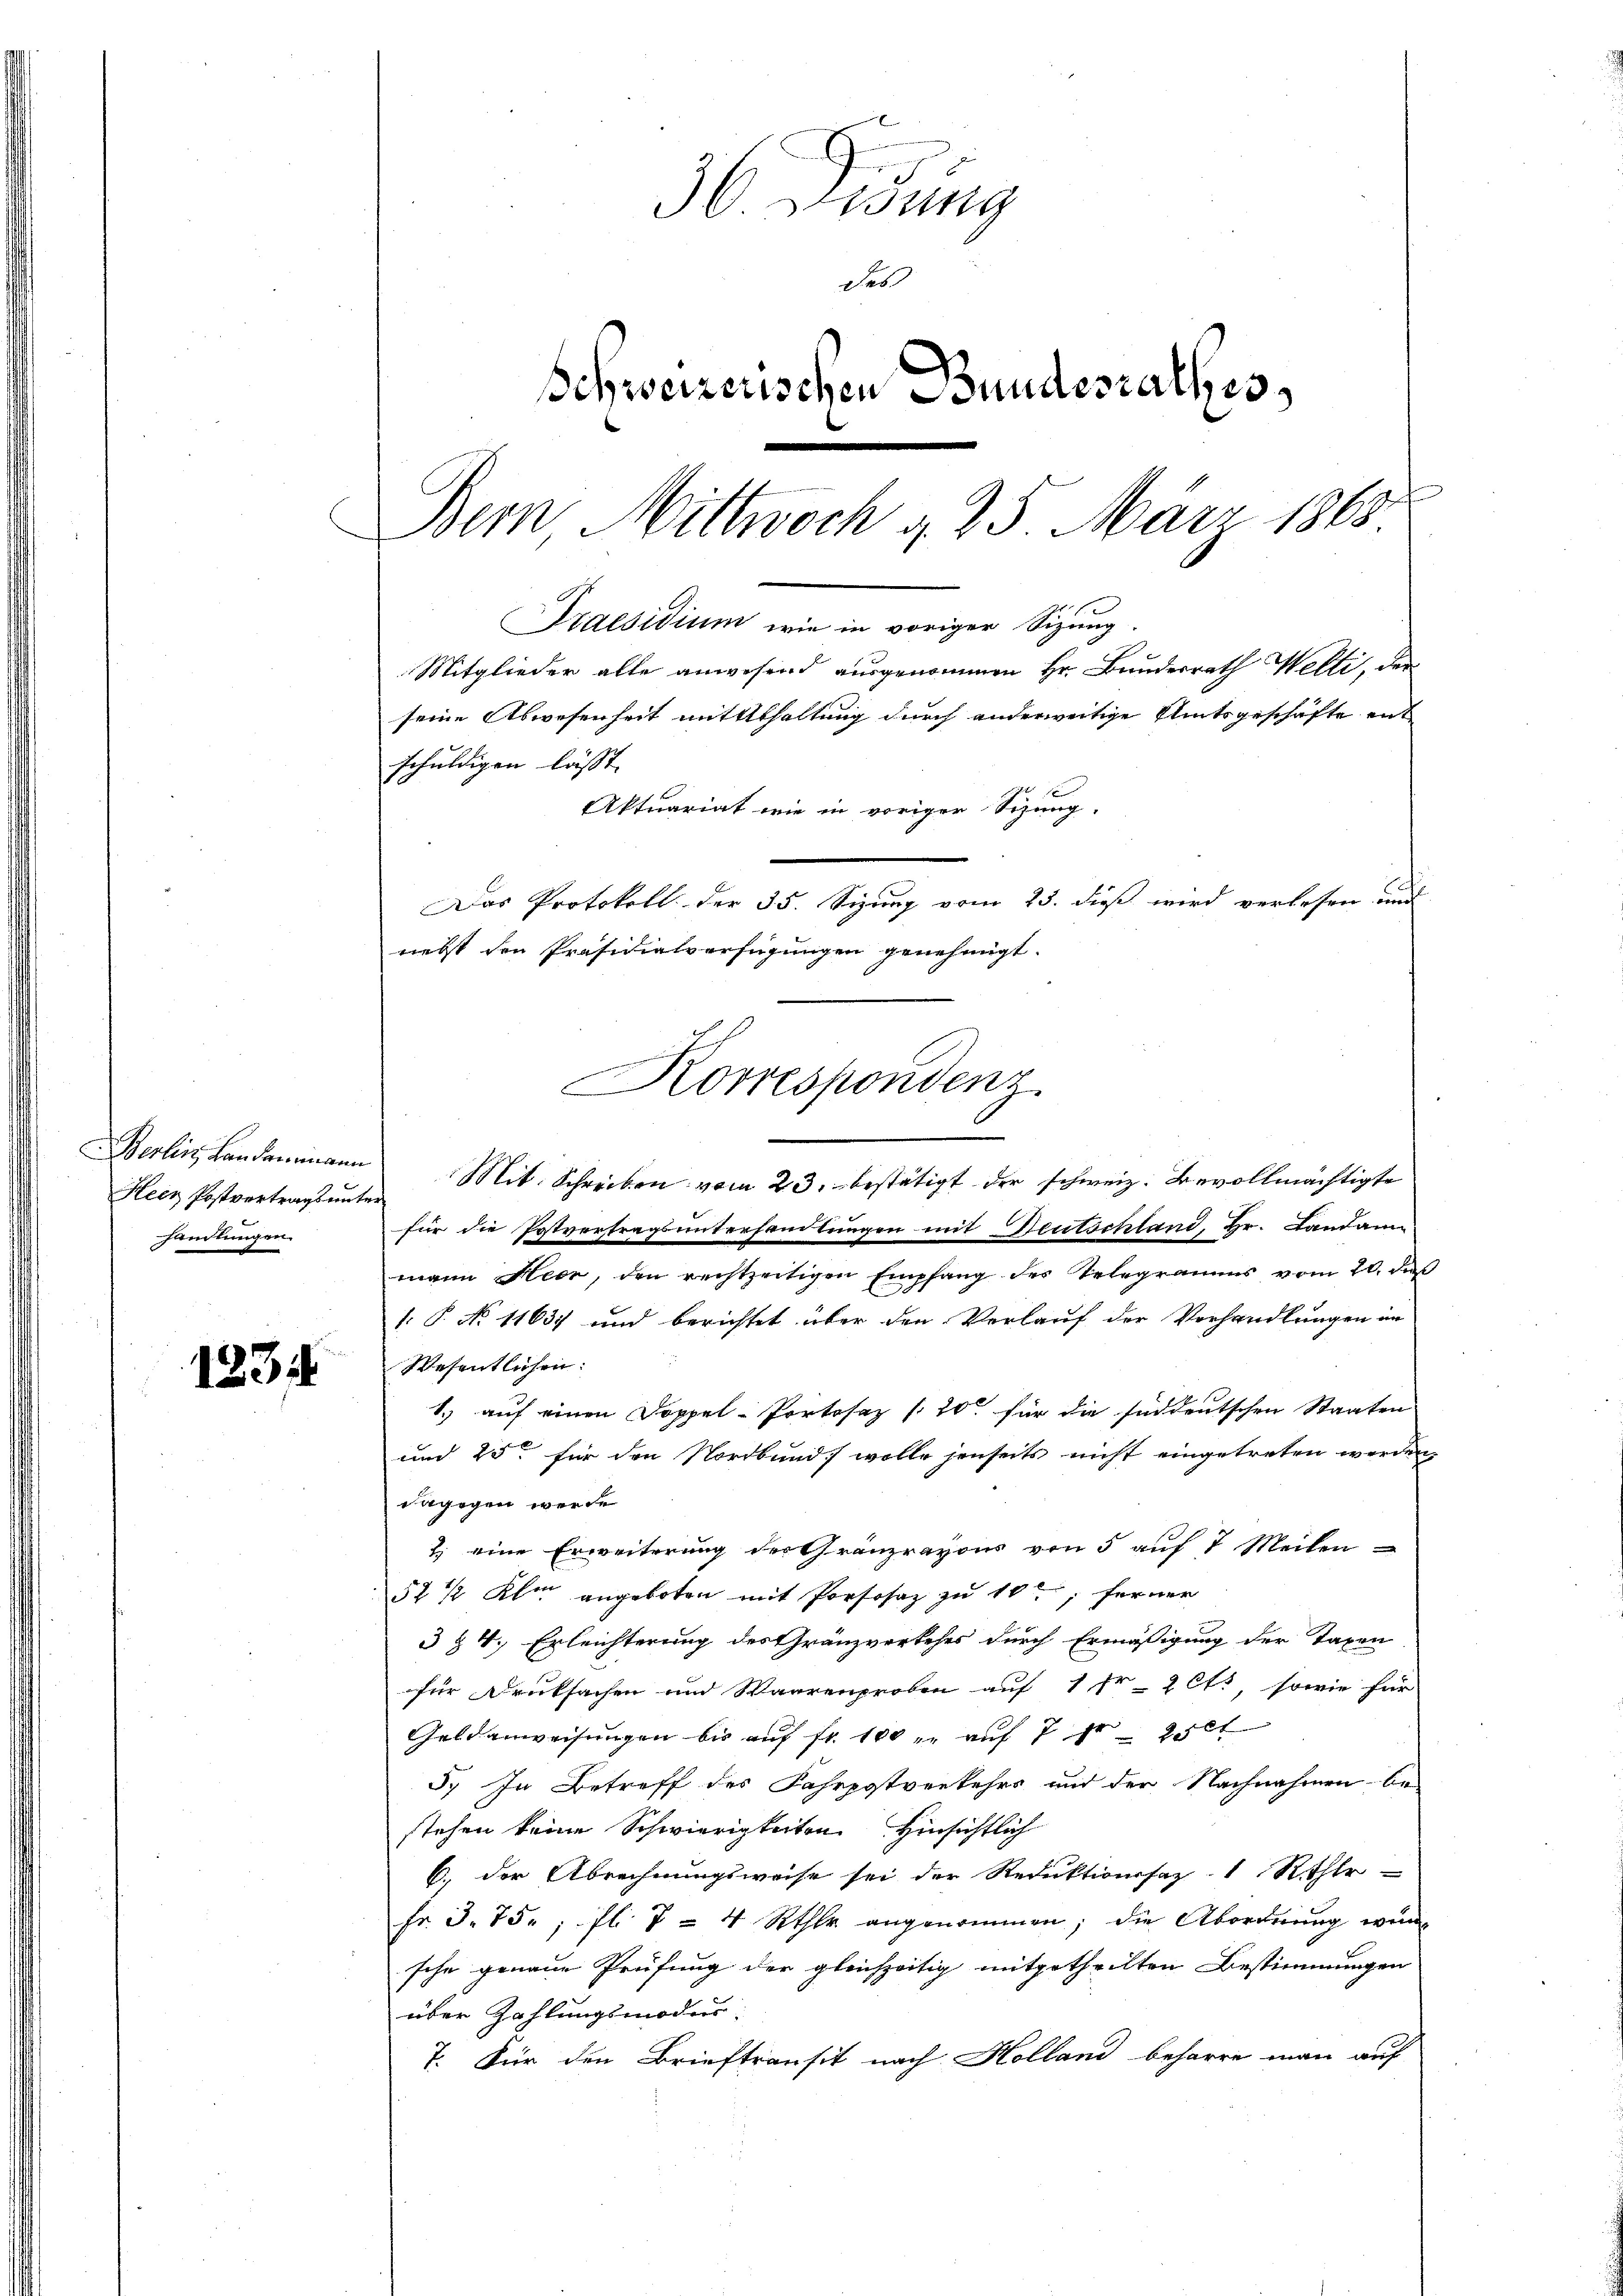
Berli, Landammann
Heer Postvertrags mit
handlungen.

1231

36 Didung
Des
Schweizerischen Bundesrathes,
Bern Mittwoch d. 25 März 1863
Praesidium wie in voriger Sizung.
Mitglieder alle anwesend ausgenommen Hr. Bundesrath Welti, der
seine Abwesenheit mittthaltung durch anderweitige Amtsgeschäfte ent
schuldigen lässt.

Aktuariat wie in voriger Sitzung.
Das Protokoll der 35. Sizung vom 23. dieß wird verlesen und
Mit. Schreiben vom 23. bestätigt der schweiz. Bevollmächtigte
i
für die Postvertragsuntersamlungen mit Deutschland, Hr. Landann
mann Heer, den rechtzeitigen Empfang der Telegramms vom 20. du
. P. No 11637 und berichtet über den Verlauf der Verhandlungen in
Wesentlichen:
1.) auf einen Doppel-Portosaz / 20 für die süddeutschen Staaten
und 25 für den Nordbund wolle jenseits nicht eingetreten werden,
dagogen werde
2.) eine Erweiterung der Gränzravous von 5 auf 7 Meilen
52 1/2 Klar angeboten mit Porsosaz zu 10; ferner
3 § 4. Erleichterung des Gränzverkehrs durch Ermäßigung der Taxen
für Drucksachen und Waarenproben auf 1 Fr. 2 Cts, sowie für
Geldanweisungen bis auf fr. 100 u. auf 7 pr 250
5.) In Betreff des Fahrpostverkehrs und der Nachnahmen be-
stehen keine Schwierigkeiten Hinsichtlich
6. der Abrechnungsweise sei der Reduktionssaz- 1 Rehle
Fr. 3. 75. fl. 7 = 4 Rthlr angenommen; die Abordnung wünsohn genaue Prüfung der gleichzeitig mitgetheilten Bestimmungen
über Zahlungsmodus:
7. Für den Brieftransit nach Holland beharre man auf

nebst den Präsidialverfügungen genehmigt.
Korrespondenz.